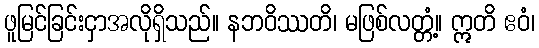
ဖူမြင်ခြင်းငှာအလိုရှိသည်။ နဘဝိဿတိ၊ မဖြစ်လတ္တံ့။ ဣတိ ဧဝံ၊